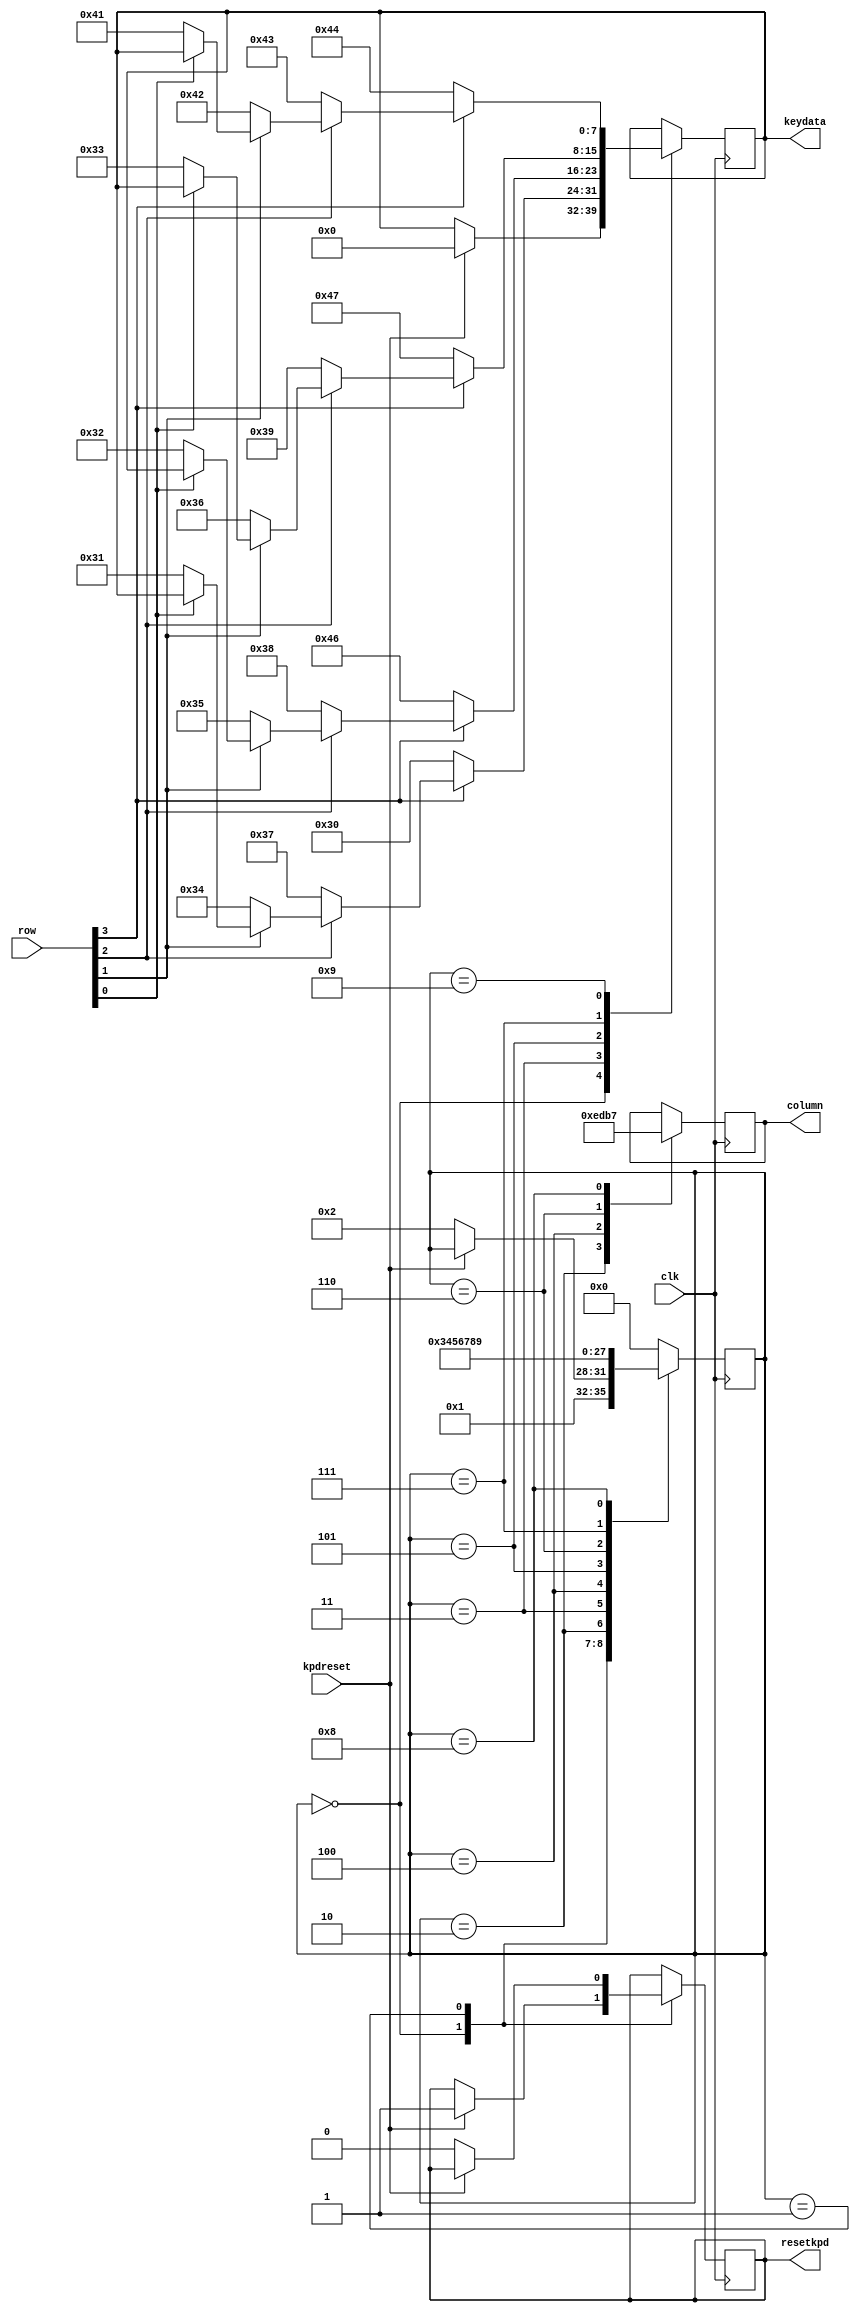
// Keypad keypad.v
// c 2012 Embedded Design using Programmable Gate Arrays  Dennis Silage

module keypad (input clk, output reg [3:0] column, input [3:0] row,
					input kpdreset, output reg resetkpd,
					output reg [7:0] keydata);

reg [3:0] keystate;
integer i, j;

always@(posedge clk)
	begin
		case (keystate)
			0: begin
					if (kpdreset==1)
						begin
							keydata=0;
							resetkpd=1;
						end
					keystate=1;
				end
			1: begin
					if (kpdreset==0)
						begin 
							resetkpd=0;
							keystate=2;
						end
				end
			2:	begin
					column=14;
					keystate=3;
			   end
			3:	begin
					j=0;
					for (i=0; i<=2; i=i+1)
						begin
							j=j+3;
							if (row[i]==0)
								keydata=46+j;
						end
					if (row[3]==0)
						keydata=48;
					keystate=4;
				end
			4: begin
					column=13;
					keystate=5;
				end
			5: begin
					j=0;
					for (i=0; i<=2; i=i+1)
						begin
							j=j+3;
							if (row[i]==0)
								keydata=47+j;
						end
					if (row[3]==0)
						keydata=70;
					keystate=6;
				end
			6: begin
					column=11;
					keystate=7;
				end
			7: begin
					j=0;
					for (i=0; i<=2; i=i+1)
						begin
							j=j+3;
							if (row[i]==0)
								keydata=48+j;
						end
					if (row[3]==0)
							keydata=71;
					keystate=8;
				end
			8: begin
					column=7;
					keystate=9;
				end
			9:	begin
					for (i=0; i<=3; i=i+1)
						if (row[i]==0)
							keydata=65+i;
					keystate=0;
				end
			default: keystate=0;
		endcase	
	end

endmodule